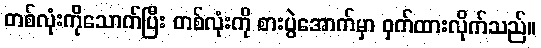
တစ်လုံးကိုသောက်ပြီး တစ်လုံးကို စားပွဲအောက်မှာ ဝှက်ထားလိုက်သည်။